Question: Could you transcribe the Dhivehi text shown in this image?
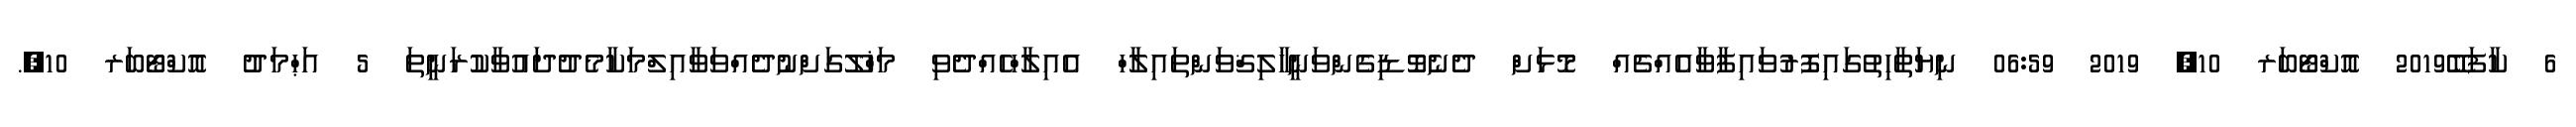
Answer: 6 ކާފަބޭ2019 އޮކްޓޯބަރ 10, 2019 06:59 ނިޔަތާހިތުގައިފޮރުވައިފާވާއެއްޗެއް މޮޅަށް ދެނެވޮޑިގެންވަނީޚާލިޤްވަންތައިލާހް އެއިލާހްހެއްދެވި މަޚްލޫގަށްނުދެއްވަވާއިލްމަކާމެދުދައުވާކުރަނީތަ 5 އަޙްމަދު އޮކްޓޯބަރ 10,.